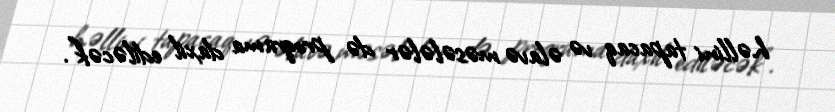
həllini tapacaq və əlavə məsələlər də proqrama daxil ediləcək".